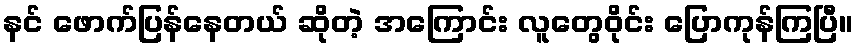
နင် ဖောက်ပြန်နေတယ် ဆိုတဲ့ အကြောင်း လူတွေဝိုင်း ပြောကုန်ကြပြီ။